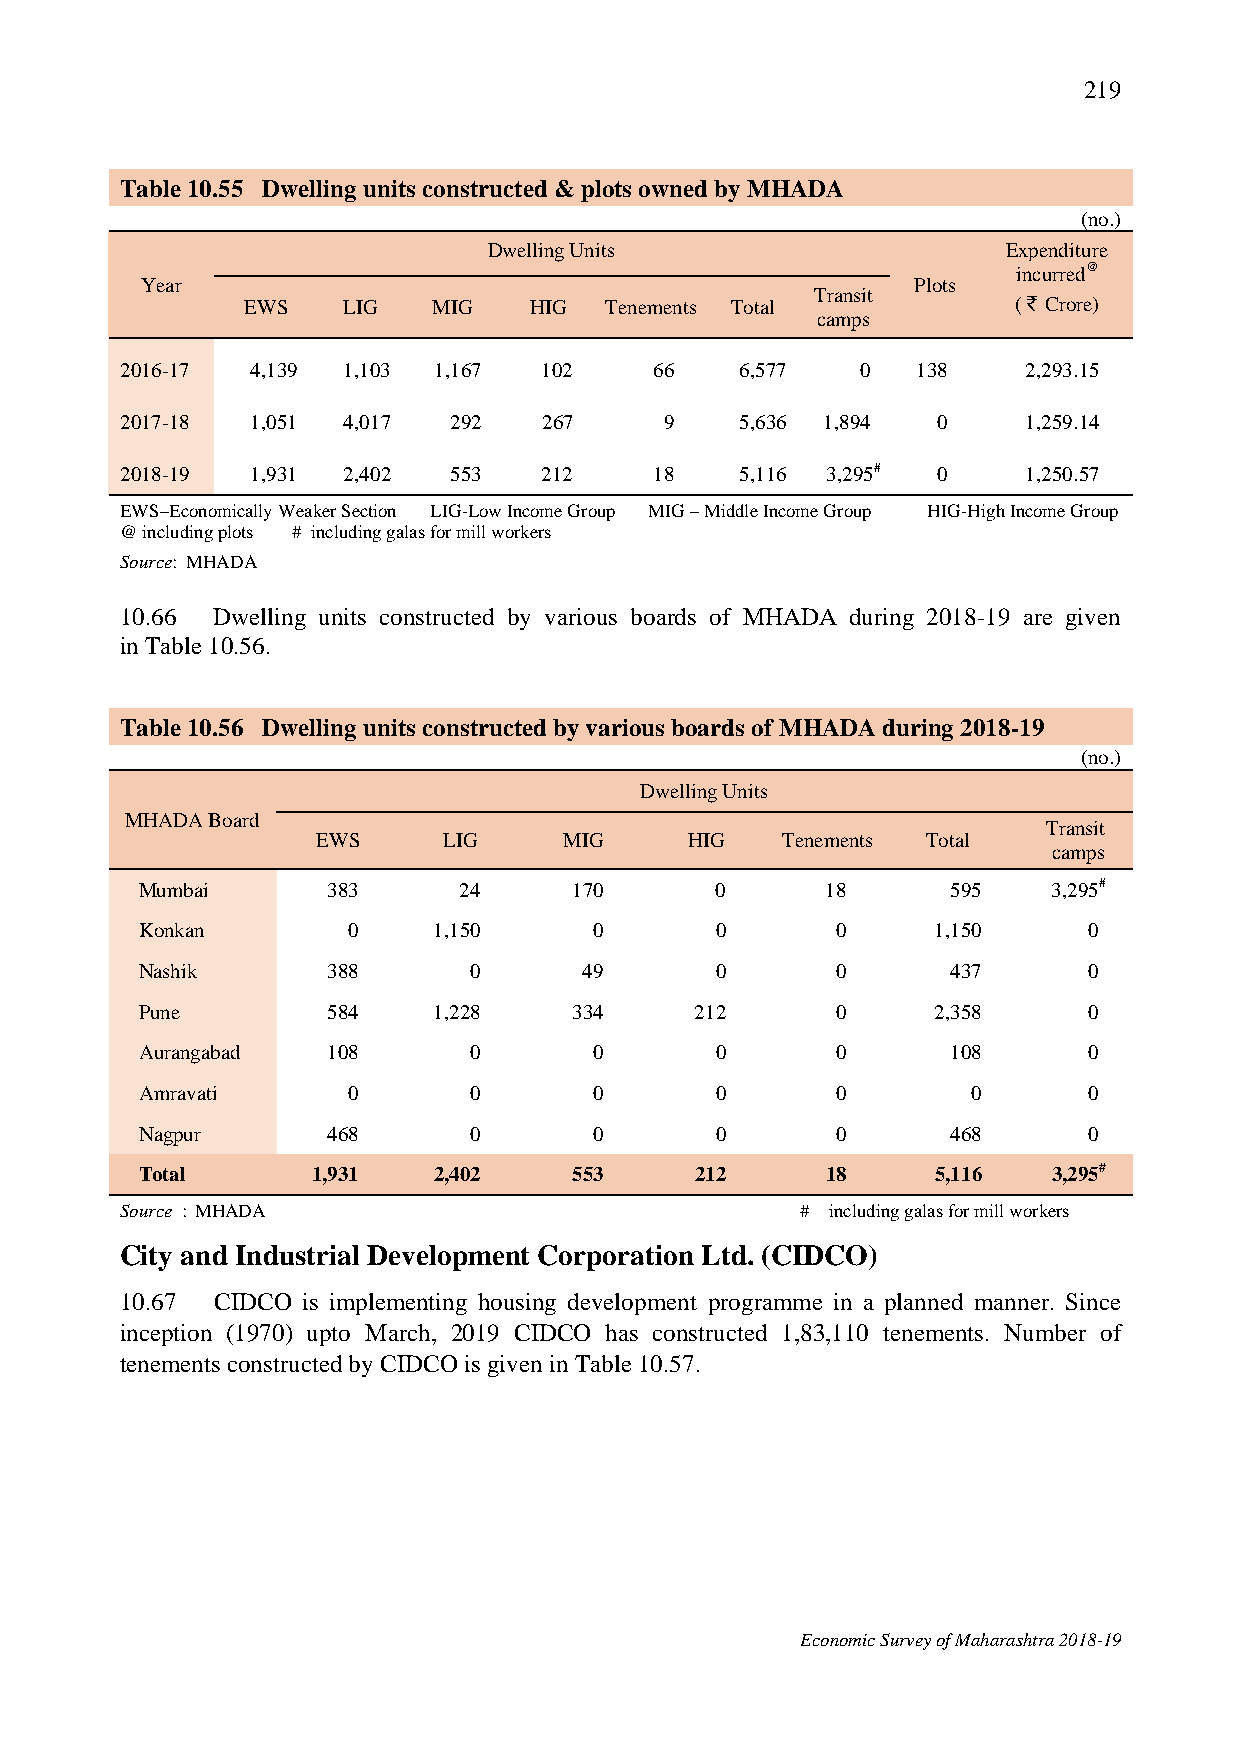
219
 Table 10.55 Dwelling units constructed & plots owned by MHADA
 (no.)
 Dwelling Units                     Expenditure
 incurred@
 Year                                               Plots
 Transit
 EWS    LIG   MIG   HIG  Tenements Total            ( ` Crore)
 camps
 2016-17  4,139 1,103 1,167  102    66    6,577   0   138    2,293.15
 2017-18  1,051 4,017  292   267     9    5,636 1,894  0     1,259.14
 2018-19  1,931 2,402  553   212    18    5,116 3,295# 0     1,250.57
 EWS–Economically Weaker Section LIG-Low Income Group MIG – Middle Income Group HIG-High Income Group
 @ including plots # including galas for mill workers
 Source: MHADA
 10.66 Dwelling units constructed by various boards of MHADA during 2018-19 are given
 in Table 10.56.
 Table 10.56 Dwelling units constructed by various boards of MHADA during 2018-19
 (no.)
 Dwelling Units
 MHADA Board
 Transit
 EWS     LIG     MIG     HIG    Tenements Total
 camps
 Mumbai       383     24      170      0       18      595    3,295#
 Konkan        0     1,150     0       0       0      1,150     0
 Nashik       388      0       49      0       0       437      0
 Pune         584    1,228    334     212      0      2,358     0
 Aurangabad   108      0       0       0       0       108      0
 Amravati      0       0       0       0       0        0       0
 Nagpur       468      0       0       0       0       468      0
 Total       1,931   2,402    553     212      18     5,116   3,295#
 Source : MHADA                               # including galas for mill workers
 City and Industrial Development Corporation Ltd. (CIDCO)
 10.67 CIDCO is implementing housing development programme in a planned manner. Since
 inception (1970) upto March, 2019 CIDCO has constructed 1,83,110 tenements. Number of
 tenements constructed by CIDCO is given in Table 10.57.
 Economic Survey of Maharashtra 2018-19